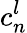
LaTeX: c_{n}^{l}